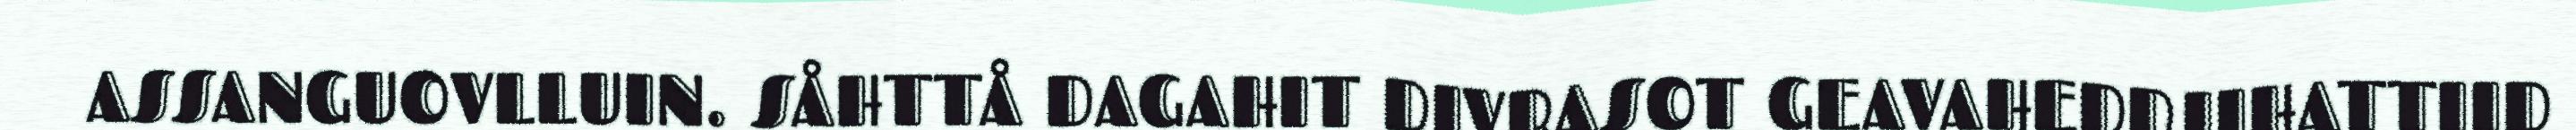
ASSANGUOVLLUIN. SÅHTTÅ DAGAHIT DIVRASOT GEAVAHEDDJIHATTIID